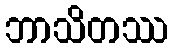
ဘာသိတဿ